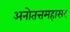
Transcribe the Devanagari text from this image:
अनोतत्तमहासर